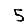
Digit: 5